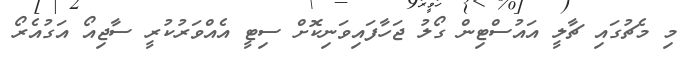
މި މެޗުގައި ޗާލީ އައުސްޓިން ގޯލު ޖަހާފައިވަނިކޮށް ސިޓީ އެއްވަރުކުރީ ސާޖިއޯ އަގުއެރޯ